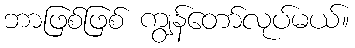
ဘာဖြစ်ဖြစ် ကျွန်တော်လုပ်မယ်။